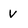
Character: v